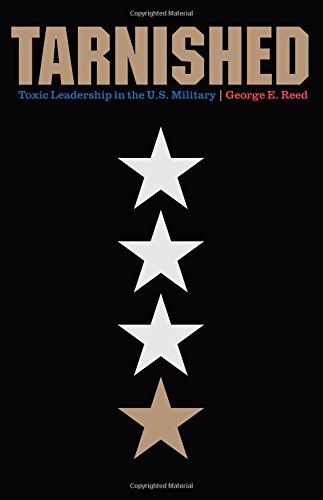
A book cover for Tarnished: Toxic Leadership in the U.S. Military; George E. Reed; History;